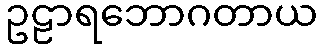
ဥဠာရဘောဂတာယ